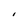
Character: I